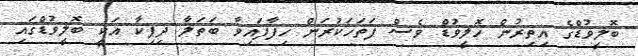
ބޮލީވުޑްގެ އިތިރުން ހޮލީވުޑް ވެސް ފަތަހަކުރަން ހިފާފައިވާ ބަތަލާ ދިޕިކާ އަކީ ބޮލީވުޑްގައި